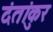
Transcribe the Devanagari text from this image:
दंतांकुर